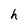
Character: h